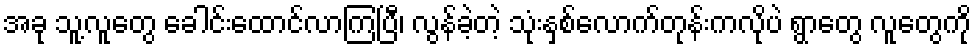
အခု သူ့လူတွေ ခေါင်းထောင်လာကြပြီ၊ လွန်ခဲ့တဲ့ သုံးနှစ်လောက်တုန်းကလိုပဲ ရွာတွေ လူတွေကို